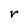
Character: r